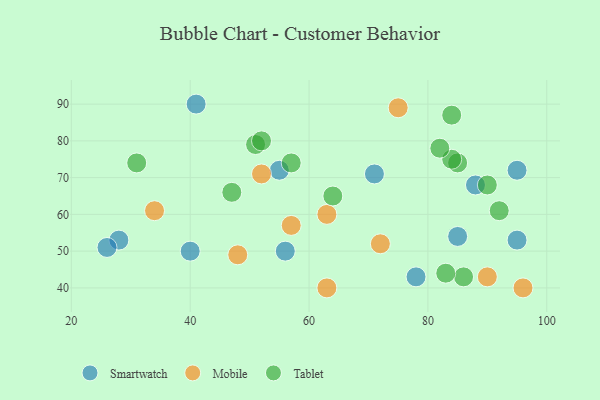
{"axis": {"x": "GDP", "y": "Life Expectancy"}, "legend": ["Mobile", "Smartwatch", "Tablet"], "data": [{"x": "88", "y": 68, "type": "Smartwatch"}, {"x": "40", "y": 50, "type": "Smartwatch"}, {"x": "28", "y": 53, "type": "Smartwatch"}, {"x": "95", "y": 72, "type": "Smartwatch"}, {"x": "71", "y": 71, "type": "Smartwatch"}, {"x": "95", "y": 53, "type": "Smartwatch"}, {"x": "55", "y": 72, "type": "Smartwatch"}, {"x": "56", "y": 50, "type": "Smartwatch"}, {"x": "41", "y": 90, "type": "Smartwatch"}, {"x": "26", "y": 51, "type": "Smartwatch"}, {"x": "78", "y": 43, "type": "Smartwatch"}, {"x": "85", "y": 54, "type": "Smartwatch"}, {"x": "72", "y": 52, "type": "Mobile"}, {"x": "34", "y": 61, "type": "Mobile"}, {"x": "75", "y": 89, "type": "Mobile"}, {"x": "52", "y": 71, "type": "Mobile"}, {"x": "96", "y": 40, "type": "Mobile"}, {"x": "48", "y": 49, "type": "Mobile"}, {"x": "90", "y": 43, "type": "Mobile"}, {"x": "63", "y": 60, "type": "Mobile"}, {"x": "63", "y": 40, "type": "Mobile"}, {"x": "57", "y": 57, "type": "Mobile"}, {"x": "90", "y": 68, "type": "Tablet"}, {"x": "64", "y": 65, "type": "Tablet"}, {"x": "86", "y": 43, "type": "Tablet"}, {"x": "85", "y": 74, "type": "Tablet"}, {"x": "83", "y": 44, "type": "Tablet"}, {"x": "51", "y": 79, "type": "Tablet"}, {"x": "92", "y": 61, "type": "Tablet"}, {"x": "84", "y": 75, "type": "Tablet"}, {"x": "57", "y": 74, "type": "Tablet"}, {"x": "47", "y": 66, "type": "Tablet"}, {"x": "31", "y": 74, "type": "Tablet"}, {"x": "84", "y": 87, "type": "Tablet"}, {"x": "52", "y": 80, "type": "Tablet"}, {"x": "82", "y": 78, "type": "Tablet"}]}